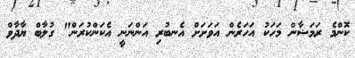
ކޮންމެ ރަމަޟާން މަހަކު އަހަރެން އަވަށަށް އެނބުރި އަންނަނީ އެކަންކުރަން" ގުލާބް ޔާދާވް